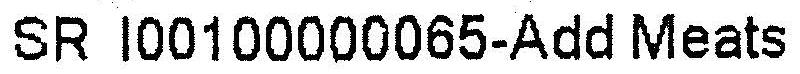
SR I00100000065-ADD MEATS